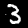
Digit: 3